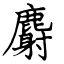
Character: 麝